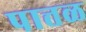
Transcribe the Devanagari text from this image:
पात्तळ